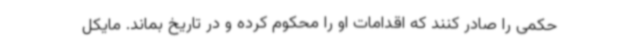
حکمی را صادر کنند که اقدامات او را محکوم کرده و در تاریخ بماند. مایکل